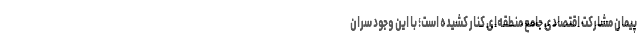
پیمان مشارکت اقتصادی جامع منطقه‌ای کنار کشیده است؛ با این وجود سران